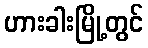
ဟားခါးမြို့တွင်